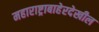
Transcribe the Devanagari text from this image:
महाराष्ट्राबाहेरदेखील